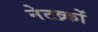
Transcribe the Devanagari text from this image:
नेटव्र्कों